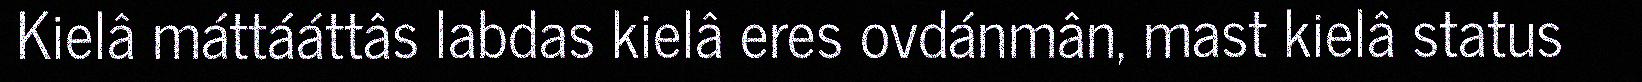
Kielâ máttááttâs labdas kielâ eres ovdánmân, mast kielâ status